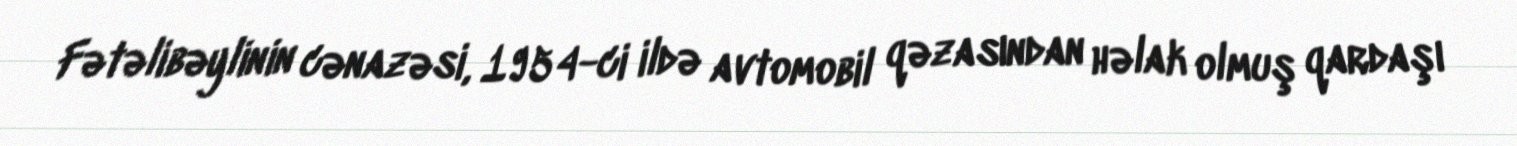
Fətəlibəylinin cənazəsi, 1954-ci ildə avtomobil qəzasından həlak olmuş qardaşı